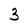
Character: 3